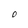
Character: 0